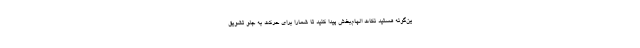
ین‌گونه هستید نکات الهام‌بخش پیدا کنید تا شمارا برای حرکت به جلو تشویق